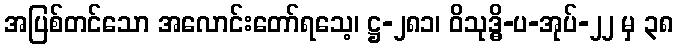
အပြစ်တင်သော အလောင်းတော်ရသေ့၊ ဋ္ဌ-၂၈၁၊ ဝိသုဒ္ဓိ-ပ-အုပ်-၂၂ မှ ၃၈